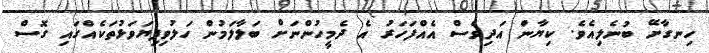
ހިނގާށޭ ބުނެލިއެވެ. ކިޔާން އަދިވެސް އެއްފަހަރު އެ ދެމީހުންނަށް ބަލާލަމުން ހަލުވިފިޔަވަޅުތަކެއްގައި ގޮސް